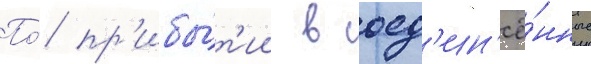
По́ пр'ибы́т'ии в соед'ин'ё́нные